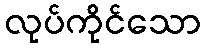
လုပ်ကိုင်သော